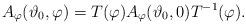
LaTeX: \begin{align*}A_{\varphi} (\vartheta_{0},\varphi) = T(\varphi) A_{\varphi} (\vartheta_{0},0) T^{-1}(\varphi).\end{align*}